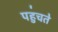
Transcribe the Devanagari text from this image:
पहु॑चते